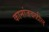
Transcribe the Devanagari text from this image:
कानांजवळील